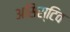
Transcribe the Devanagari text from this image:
असिस्टिव